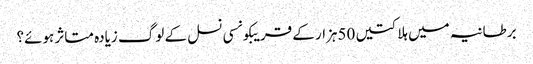
برطانیہ میں ہلاکتیں 50ہزار کے قریبکونسی نسل کے لوگ زیادہ متاثر ہوئے؟